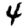
Digit: 4